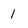
Character: l